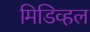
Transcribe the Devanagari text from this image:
मिडिव्हल